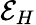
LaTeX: \mathcal{E}_{H}